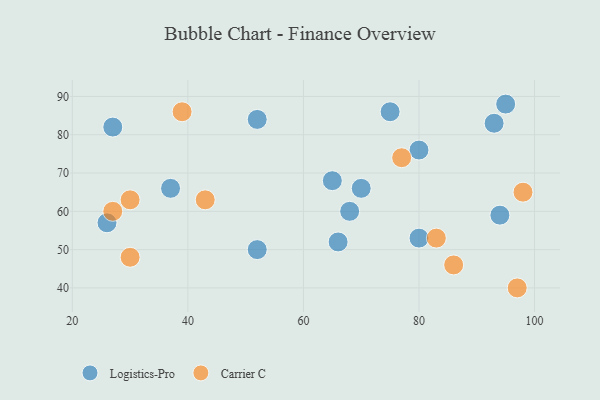
{"axis": {"x": "GDP", "y": "Life Expectancy"}, "legend": ["Carrier C", "Logistics-Pro"], "data": [{"x": "68", "y": 60, "type": "Logistics-Pro"}, {"x": "75", "y": 86, "type": "Logistics-Pro"}, {"x": "27", "y": 82, "type": "Logistics-Pro"}, {"x": "93", "y": 83, "type": "Logistics-Pro"}, {"x": "37", "y": 66, "type": "Logistics-Pro"}, {"x": "52", "y": 50, "type": "Logistics-Pro"}, {"x": "66", "y": 52, "type": "Logistics-Pro"}, {"x": "26", "y": 57, "type": "Logistics-Pro"}, {"x": "94", "y": 59, "type": "Logistics-Pro"}, {"x": "65", "y": 68, "type": "Logistics-Pro"}, {"x": "80", "y": 76, "type": "Logistics-Pro"}, {"x": "95", "y": 88, "type": "Logistics-Pro"}, {"x": "52", "y": 84, "type": "Logistics-Pro"}, {"x": "70", "y": 66, "type": "Logistics-Pro"}, {"x": "80", "y": 53, "type": "Logistics-Pro"}, {"x": "30", "y": 63, "type": "Carrier C"}, {"x": "97", "y": 40, "type": "Carrier C"}, {"x": "83", "y": 53, "type": "Carrier C"}, {"x": "27", "y": 60, "type": "Carrier C"}, {"x": "30", "y": 48, "type": "Carrier C"}, {"x": "39", "y": 86, "type": "Carrier C"}, {"x": "98", "y": 65, "type": "Carrier C"}, {"x": "43", "y": 63, "type": "Carrier C"}, {"x": "86", "y": 46, "type": "Carrier C"}, {"x": "77", "y": 74, "type": "Carrier C"}]}